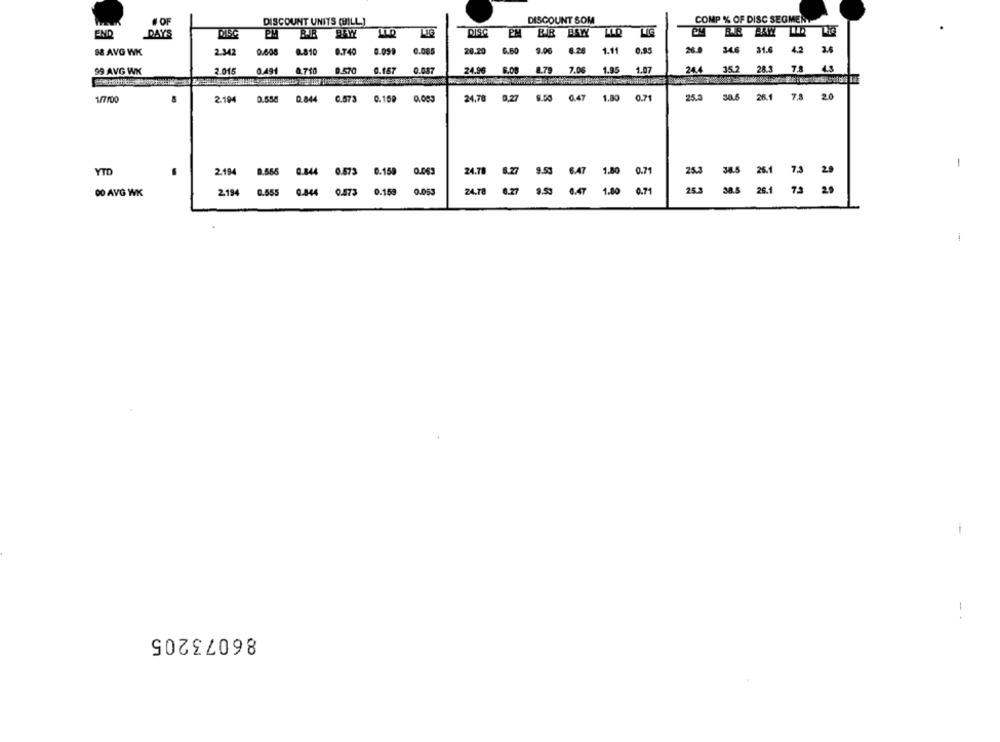
# OF
DISCOUNT UNITS (HILL]
DISCOUNT SOM
COMP % OF DISC SEGMENT
The
END
DAY'S
PM
BAYY
LLD
PISA
BIB BSW
LIG
88 AVG WK
2.342
0,608
8.810
0.740
0.099
0.085
20.20
6.60
9.00
6.26
1.11
0.95
34.6
31.6
4.2 2.6
99 AVG WK
2.015
0.491 0.750
0.570
0.167
0.087
24.96
6.08
8.79
7.06
1.95
1.07
24.4
35.2
28.3
7.8 4.3
7.8 20
1/7/00
2.194
0.558 0.844
0.573
0.159
0,083
24,78
0,27 9.50 0.47
1.00 0.71
25.3
30.6 26.1
YTD
0.844 0.573 0.159 0.063
24.78 6.27
9.53 6.47 1.80 0.71
7.3
-
2.194 0.565
25.3
38.5
26.1
DO AVG WK
2.194 0.555 0.844 0.473 0.159 0.053
24.78
6.27
8.53 6.47 1.80 0.71
25.3
38.5
26.1 73
20
86073205